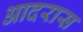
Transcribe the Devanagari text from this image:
आदरास